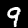
Label: 9